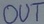
Text: OUT